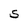
Character: S